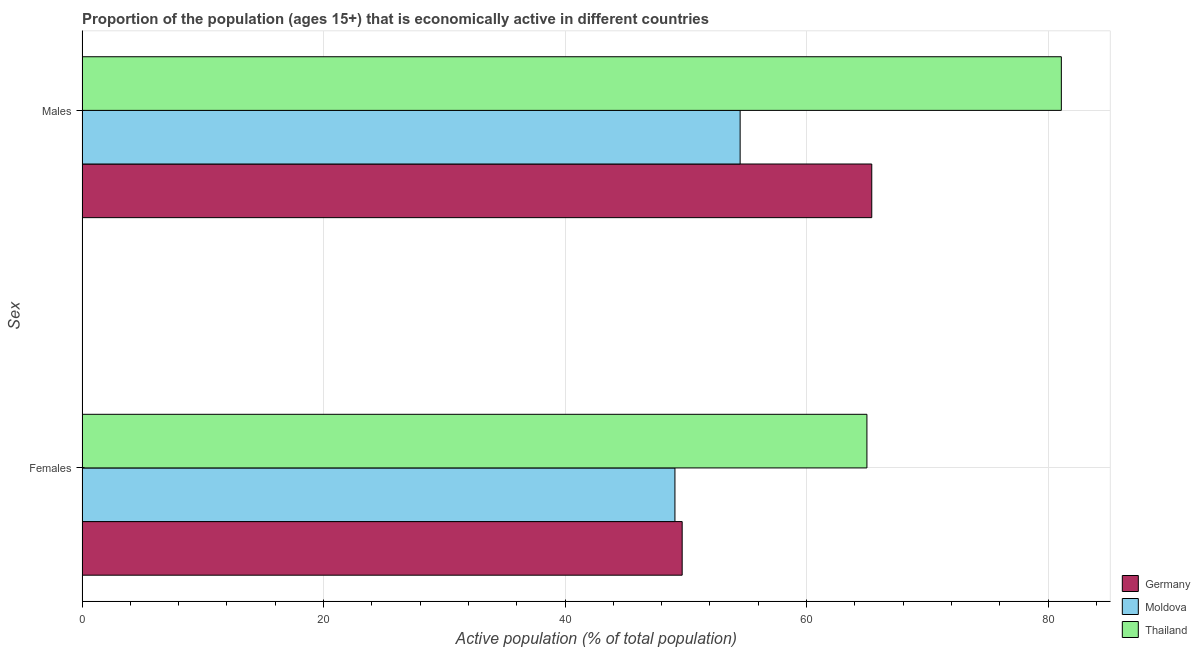
| Sex | Germany | Moldova | Thailand |
 | --- | --- | --- | --- |
 | Females | 49.7 | 49.1 | 65 |
 | Males | 65.4 | 54.5 | 81.1 |